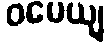
ဝမေယျ